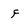
Character: F